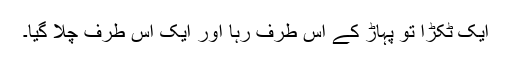
ایک ٹکڑا تو پہاڑ کے اس طرف رہا اور ایک اس طرف چلا گیا۔